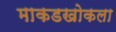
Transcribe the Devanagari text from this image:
माकडखोकला